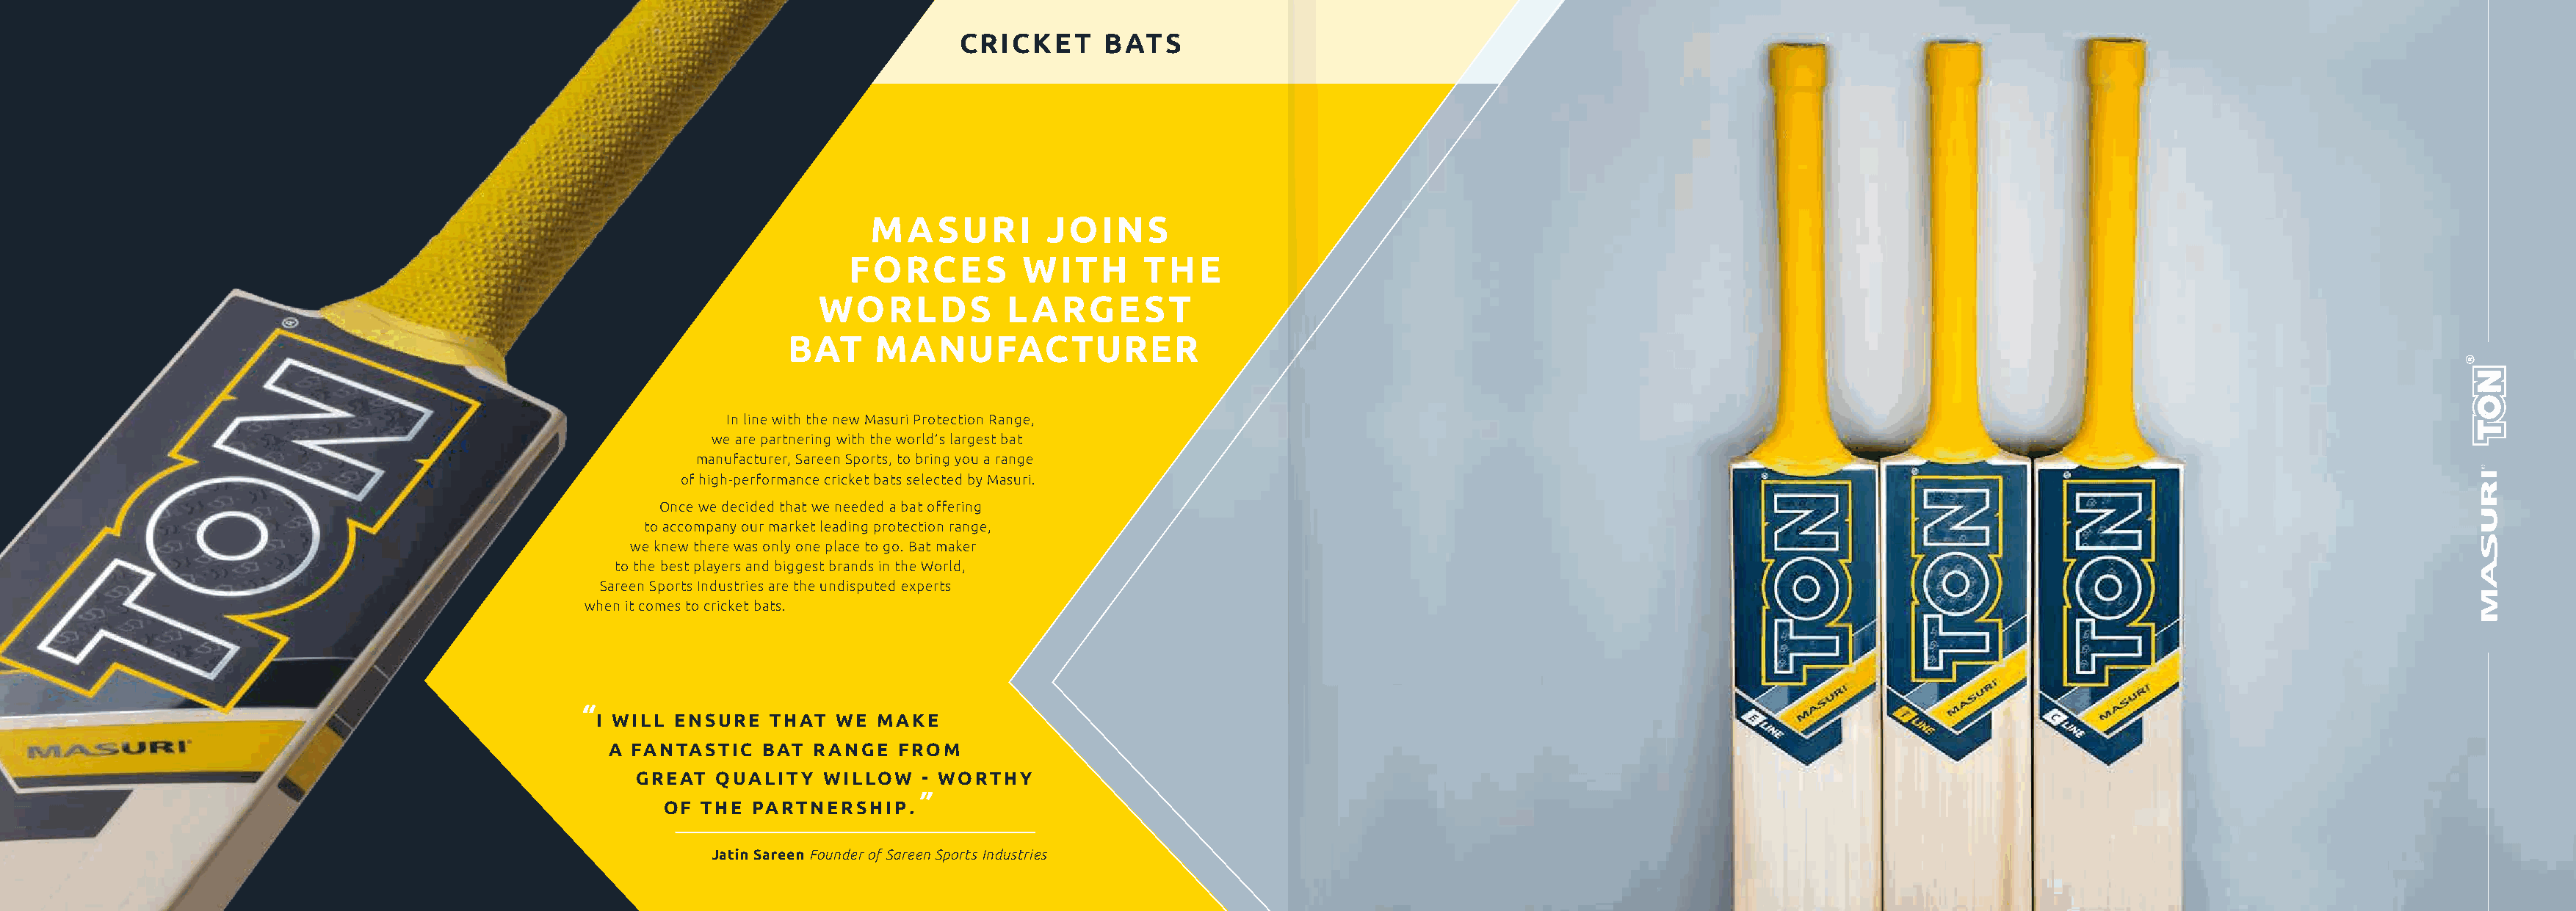
CRICKET      BATS
 MASURI          JOINS
 FORCES         WITH       THE
 WORLDS           LARGEST
 BAT     MANUFACTURER
 In line with the new Masuri Protection Range,
 we are partnering with the world’s largest bat
 manufacturer, Sareen Sports, to bring you a range
 of high-performance cricket bats selected by Masuri.
 Once we decided that we needed a bat offering
 to accompany our market leading protection range,
 we knew there was only one place to go. Bat maker
 to the best players and biggest brands in the World,
 Sareen Sports Industries are the undisputed experts
 when it comes to cricket bats.
 “
 I WILL ENSURE  THAT  WE  MAKE
 A FANTASTIC   BAT RANGE   FROM
 GREAT   QUALITY  WILLOW   - WORTHY
 ”
 OF THE  PARTNERSHIP.
 Jatin Sareen Founder of Sareen Sports Industries